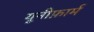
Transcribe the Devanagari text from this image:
यूनीफ़ार्म